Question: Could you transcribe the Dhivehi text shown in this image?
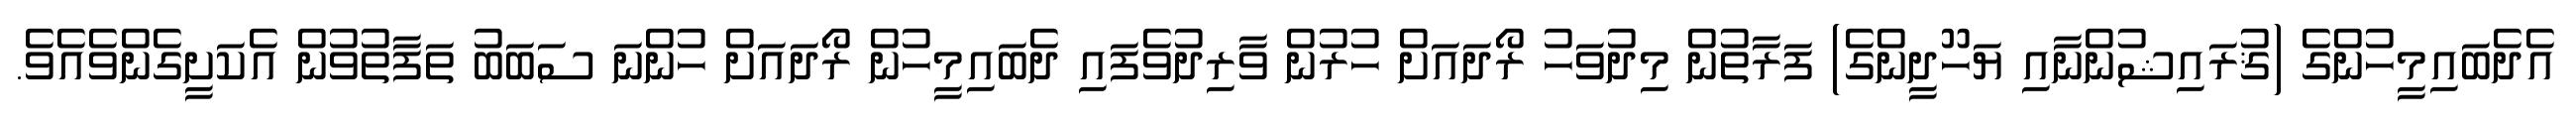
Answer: އެދެބައިމީހުންގެ (ޤުރައިޝުންނާއި ޔަހޫދީންގެ) ފަރާތުން މިދުވަހު ރޯދައަށް ހުރުން ވާރިދުވެފައި ދެބައިމީހުން ރޯދައަށް ހުންނަ ސަބަބު ތަފާތުވުން އެކަށީގެންވެއެވެ.